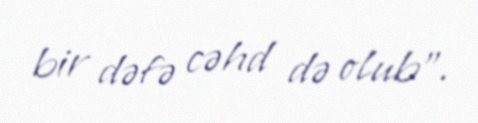
bir dəfə cəhd də olub”.